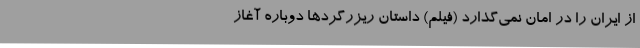
از ایران را در امان نمی‌گذارد (فیلم) داستان ریزرگردها دوباره آغاز